Problem: 6 × 4 = ?
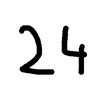
Handwritten answer: 24